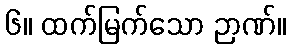
၆။ ထက်မြက်သော ဉာဏ်။